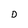
Character: D